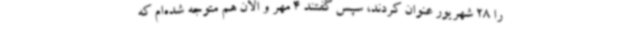
را 28 شهریور عنوان کردند، سپس گفتند 4 مهر و الان هم متوجه شده‌ام که